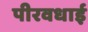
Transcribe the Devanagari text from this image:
पीरवधाई